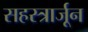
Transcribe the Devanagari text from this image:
सहस्त्रार्जून